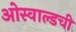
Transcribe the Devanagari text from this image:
ओस्वाल्डची